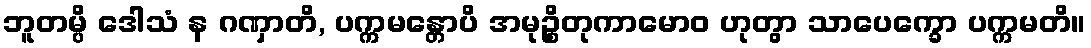
ဘူတမ္ပိ ဒေါသံ န ဂဏှာတိ, ပက္ကမန္တောပိ အမုဉ္စိတုကာမောဝ ဟုတွာ သာပေက္ခော ပက္ကမတိ။